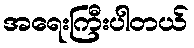
အရေးကြီးပါတယ်